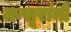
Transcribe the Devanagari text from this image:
मन्सूरांनी